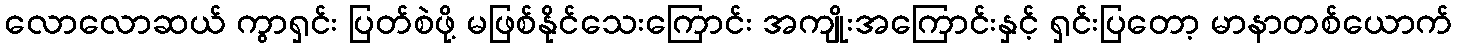
လောလောဆယ် ကွာရှင်း ပြတ်စဲဖို့ မဖြစ်နိုင်သေးကြောင်း အကျိုးအကြောင်းနှင့် ရှင်းပြတော့ မာနာတစ်ယောက်